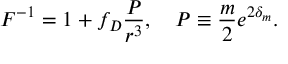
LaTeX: F ^ { - 1 } = 1 + f _ { D } { \frac { \cal P } { r ^ { 3 } } } , \ \ \ { \cal P } \equiv { \frac { m } { 2 } } e ^ { 2 \delta _ { m } } .